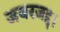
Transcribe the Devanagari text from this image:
जबरजद्द।